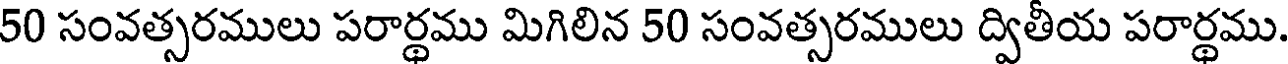
50 సంవత్సరములు పరార్థము మిగిలిన 50 సంవత్సరములు ద్వితీయ పరార్థము.